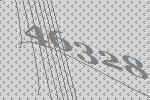
46328